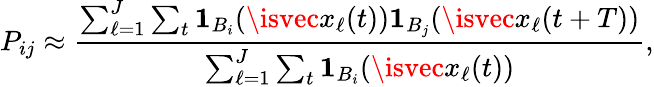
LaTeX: P_{ij}\approx\frac{\sum_{\ell=1}^{J}\sum_{t}\mathbf{1}_{B_{i}}(\isvec{x}_{\ell}(t))\mathbf{1}_{B_{j}}(\isvec{x}_{\ell}(t+T))}{\sum_{\ell=1}^{J}\sum_{t}\mathbf{1}_{B_{i}}(\isvec{x}_{\ell}(t))},